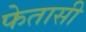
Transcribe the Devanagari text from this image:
फेतासी